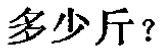
多少斤？